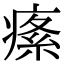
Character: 𤸍